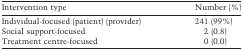
<table><thead><tr><td><b>Intervention type</b></td><td><b>Number (%)</b></td></tr></thead><tbody><tr><td>Individual-focused (patient) (provider)</td><td>241 (99%)</td></tr><tr><td>Social support-focused</td><td>2 (0.8)</td></tr><tr><td>Treatment centre-focused</td><td>0 (0.0)</td></tr></tbody></table>